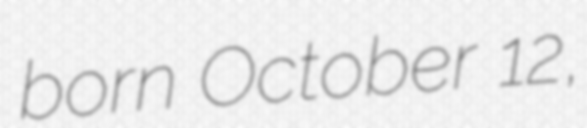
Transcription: born October 12,